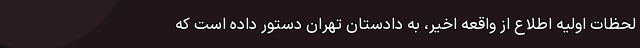
لحظات اولیه اطلاع از واقعه اخیر، به دادستان تهران دستور داده است که